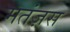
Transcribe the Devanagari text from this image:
मतंज़स